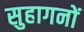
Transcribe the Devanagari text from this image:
सुहागनों